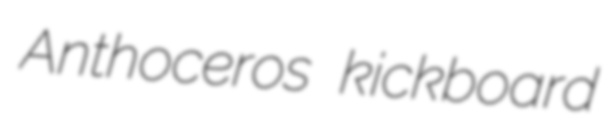
Anthoceros kickboard